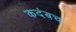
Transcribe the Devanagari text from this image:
कदंबच